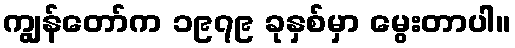
ကျွန်တော်က ၁၉၇၉ ခုနှစ်မှာ မွေးတာပါ။